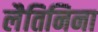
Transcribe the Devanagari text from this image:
लैतिनिना